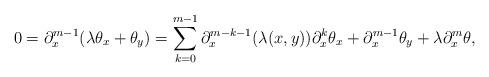
LaTeX: \begin{align*}0=\partial_x^{m-1}(\lambda \theta_x + \theta_y)=\sum_{k=0}^{m-1}\partial_x^{m-k-1}(\lambda(x,y))\partial_x^k\theta_x + \partial_x^{m-1}\theta_y + \lambda\partial_x^m\theta,\end{align*}